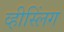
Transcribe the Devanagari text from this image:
व्हीस्लिंग